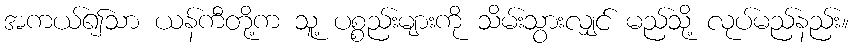
အကယ်၍သာ ယန်ကီတို့က သူ့ ပစ္စည်းများကို သိမ်းသွားလျှင် မည်သို့ လုပ်မည်နည်း။